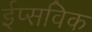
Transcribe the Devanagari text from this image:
ईप्सविक